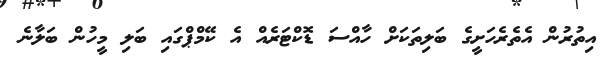
އިތުރުން އެތެރެހަށީގެ ބަލިތަކަށް ހާއްސަ ޑޮކްޓަރެއް އެ ކޭމްޕްގައި ބަލި މީހުން ބަލާނެ